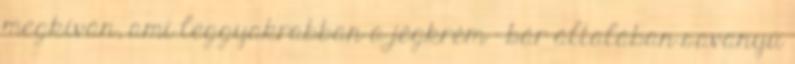
megkíván, ami leggyakrabban a jégkrém - bár általában savanyú